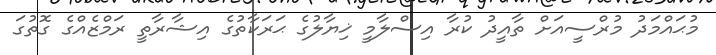
މުޙައްމަދު މުރްސީއަށް ތާއީދު ކުރާ އިސްލާމީ ޚިޔާލުގެ ޙަރަކާތުގެ އިޝާރާތީ ރަމްޒެއްގެ ގޮތުގަ